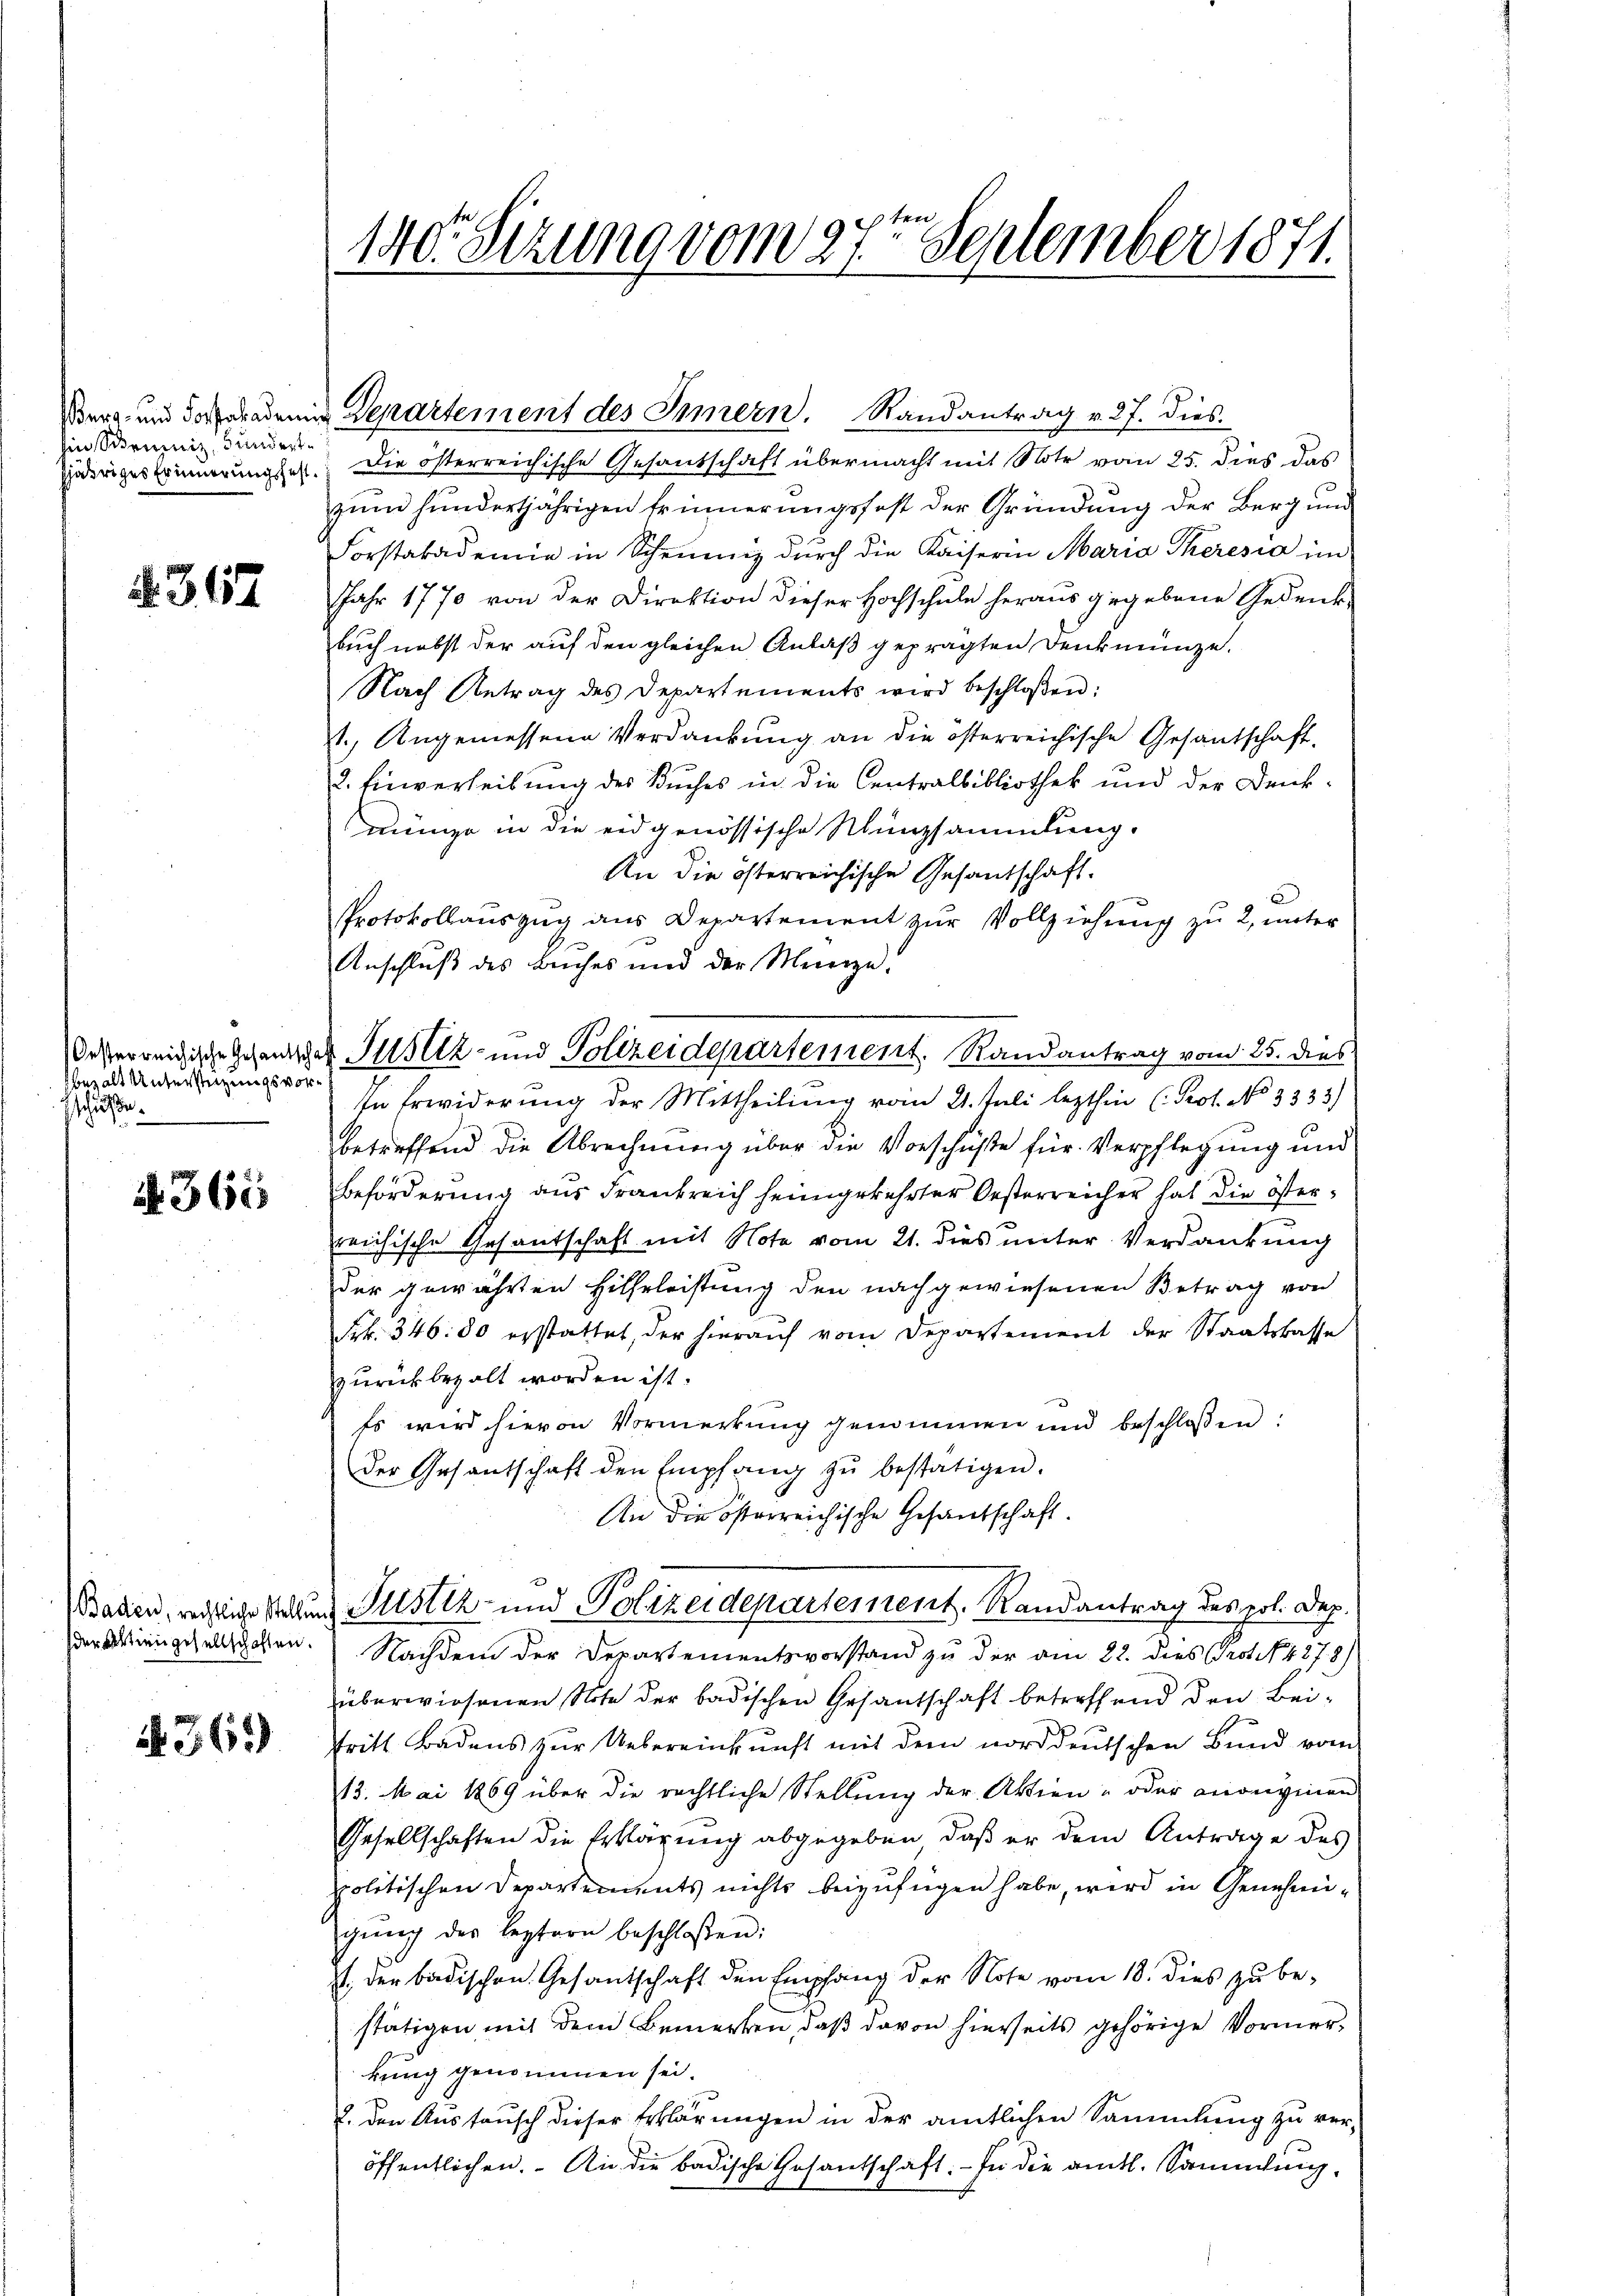
Berg- und Forstakademi
hin Scruiniz, Bundertjähriges Erinnerungshaft.

367

bezalt Unterstigungsvorsschließe

A 361

Baden, rechtliche Stellung
der Aktiengesellschaften.

§ 361)

140. Setzung vom 27ten September 1871.

u Departement des Innern. Randantrag v. 27. dies
Die österreichische Gesandschaft übermacht mit Note vom 25. dies das
zum hundertjährigen Erinnerungsfest der Gründung der Berg und
Forstakademie in Scheinig durch die Kaiserin Maria Theresia im
JJahr 1770 von der Direktion dieser Hochschule heraus gegebene Gedenk
buch nebst der auf den gleichen Anlaß geprägten Denkmünze.
Nach Antrag des Departements wird beschlossen:
1.) Angemessene Verdankung an die österreichische Gesantschaft
2. Einverleibung des Buches in die Centralbibliothek und der Denkmünze in die eidgenössische Münzsammlung.
An die österreichische Gesandschaft.
Protokollauszug aus Departement zur Vollziehung zu 2, unter
Anschluß des Leiches und der Meierze
In Erwiderung der Mittheilung vom 21. Juli lezthin (Prot. No 3333)
betreffend die Abrechnung über die Vorschüße für Verpflegung und
Beförderung aus Frankreich heimgekehrter Oesterreicher hat die österreichische Gesantschaft mit Note vom 21. dies unter Verdankung
der gewährten Hilfeleistung den nachgewiesenen Betrag von
Frk. 346. 80 erstattet, der hierauf vom Departement der Staatskasse
zurückbezalt worden ist.
Es wird hievon Vormerkung genommen und beschloßen:
Der Gesantschaft den Empfang zŭ bestätigen.
An die österreichische Gesandschaft.
Justiz- und Polizeidepartement, Randantrag des pol. Dez.
Nachdem der Departementsvorstand zu der am 22. dies Prot. 14878)
überwiesenen Note der badischen Gesantschaft betreffend den Bei¬
Tritt Badens zur Uebereinkunft mit dem norddeutschen Bund vom
13. Mai 1869 über die rechtliche Stellung der Aktien- oder anoniginen
Gesellschaften die Erklärung abgegeben, daß er dem Antrage des
politischen Departements nichts beizufügen habe, wird in Genehmigŭng der leztern beschloßen:
st., der badischen Gesantschaft den Empfang der Note vom 18. dies zu bestätigen mit dem Bemerken, daß davon hierseits gehörige Vormerkung genommen sei.
2. Den Austausch dieser Erklärungen in der amtlichen Sammlung zu ver-
öffentlichen. An die badische Gesantschaft. - In die amtl. Sammlung,

desterreichische Gesandter Justiz- und Polizeidepartement. Randantrag vom 25. dies